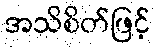
အသိစိတ်ဖြင့်